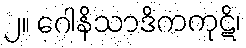
၂။ ဂေါနိသာဒိကကုဋိ၊